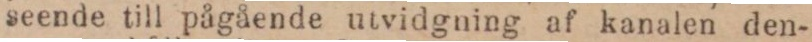
seende till pågående utvidgning af kanalen den-